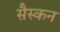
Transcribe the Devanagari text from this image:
सैस्कन